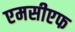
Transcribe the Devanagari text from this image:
एमसीएफ